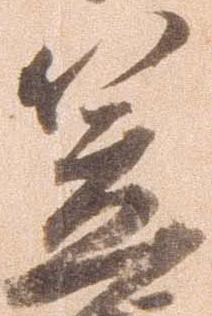
笠